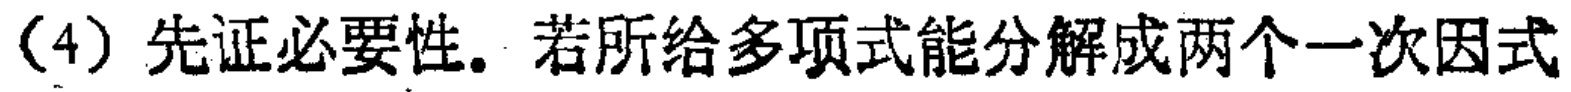
(4) 先证必要性. 若所给多项式能分解成两个一次因式